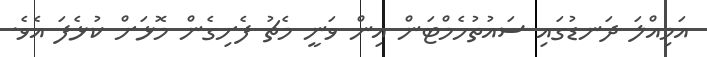
އަމިއްލަ ދަނޑުގައި ސައުތުހެމްޓަން އިން ވަނީ މެޗު ފެށިގެން މޮޅަށް ކުޅެފަ އެވެ.